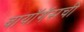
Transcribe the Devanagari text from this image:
बायॉगॅसची